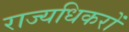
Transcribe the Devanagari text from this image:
राज्यधिकरों